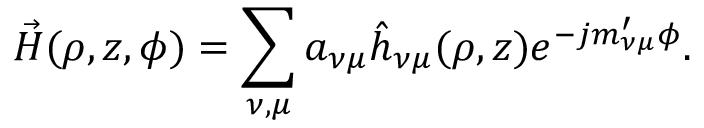
\vec { H } ( \rho , z , \phi ) = \sum _ { \nu , \mu } a _ { \nu \mu } { \hat { h } } _ { \nu \mu } ( \rho , z ) e ^ { - j m _ { \nu \mu } ^ { \prime } \phi } .